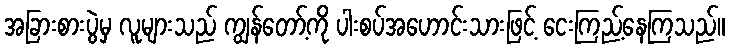
အခြားစားပွဲမှ လူများသည် ကျွန်တော့်ကို ပါးစပ်အဟောင်းသားဖြင့် ငေးကြည့်နေကြသည်။